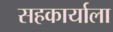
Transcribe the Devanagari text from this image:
सहकार्याला